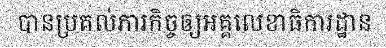
បានប្រគល់ភារកិច្ចឲ្យអគ្គលេខាធិការដ្ឋាន